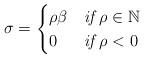
LaTeX: \begin{align*} \sigma = \begin{cases}\rho \beta &\emph{if}\,\, \rho \in \mathbb{N} \\0&\emph{if}\,\, \rho<0\end{cases}\end{align*}